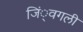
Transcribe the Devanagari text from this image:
जिं्वगली